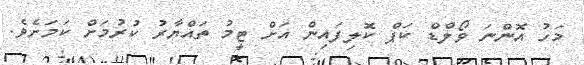
މަހު އޮންނަ ވޯލްޑް ކަޕް ކޮލިފައިން އަށް ޓީމު ތައްޔާރު ކުރުމަށް ކަމަށެވެ.